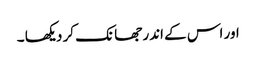
اور اس کے اندر جھانک کر دیکھا ۔